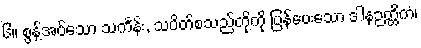
၆။ စွန့်အပ်သော သင်္ကန်း, သပိတ်စသည်တို့ကို ပြန်ပေးသော ဒါနဉတ္တိကံ၊